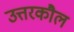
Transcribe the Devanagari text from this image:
उत्तरकौल